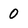
Character: 0